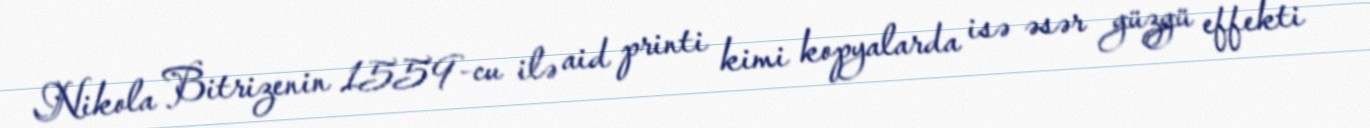
Nikola Bitrizenin 1559-cu ilə aid printi kimi kopyalarda isə əsər güzgü effekti